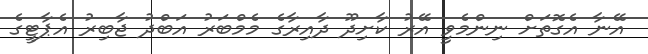
އޭނާ އެގޮތަށް ނިންމެވީ އޭރު ކާށިދޫ ދާއިރާގެ މެމްބަރު އަބްދު ޖާބިރު އެޕާޓީގެ